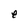
Character: e